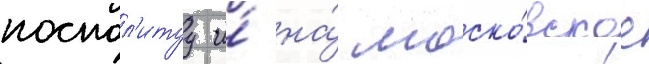
поспол'итуу и́ на́ моско́вское